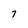
Character: 7